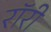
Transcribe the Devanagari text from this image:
रॉरी